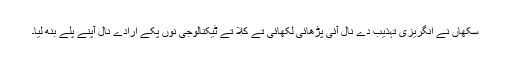
سِکھاں نے انگریزی تہذیب دے نال آئی پڑھائی لِکھائی تے کلا تے ٹیکنالوجی نوں پکے اِرادے نال آپنے پلے بنھ لیا۔